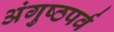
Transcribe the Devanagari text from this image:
अंगुष्ठपर्व